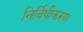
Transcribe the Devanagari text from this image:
निर्विषीकरण